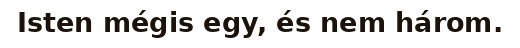
Isten mégis egy, és nem három.